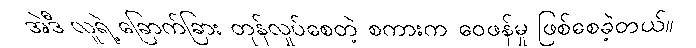
အဲဒီ လူရဲ့ ခြောက်ခြား တုန်လှုပ်စေတဲ့ စကားက ဝေဖန်မှု ဖြစ်စေခဲ့တယ်။